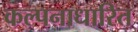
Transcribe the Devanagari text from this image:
कल्पनाधारित